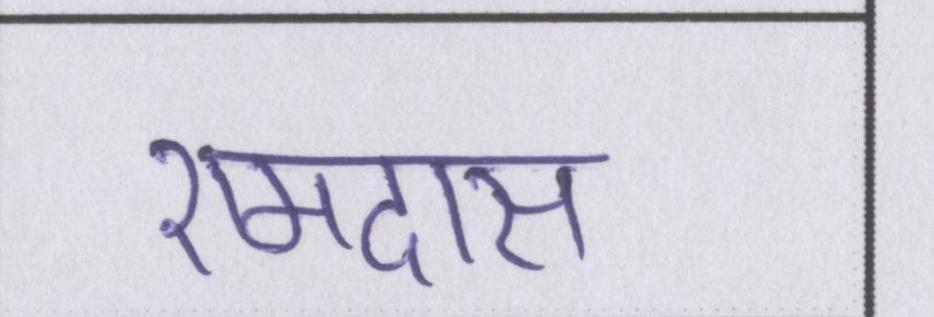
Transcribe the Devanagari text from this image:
रामदास